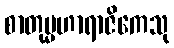
စာတုမ္မဟာရာဇိကေသု